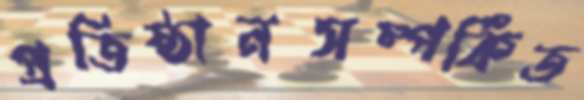
প্রতিষ্ঠানসম্পর্কিত